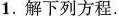
1.解下列方程。